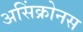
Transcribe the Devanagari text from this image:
असिंक्रोनस